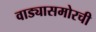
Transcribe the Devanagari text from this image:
वाड्यासमोरची